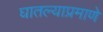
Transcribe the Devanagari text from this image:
घातल्याप्रमाणे